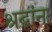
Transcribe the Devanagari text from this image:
श्रद्घांना